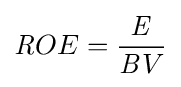
{\mathit {R}}OE={\frac {\mathit {E}}{{\mathit {B}}V}}